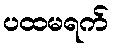
ပထမရက်